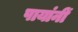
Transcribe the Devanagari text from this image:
पायांनीं